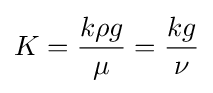
K={\frac {k\rho g}{\mu }}={\frac {kg}{\nu }}